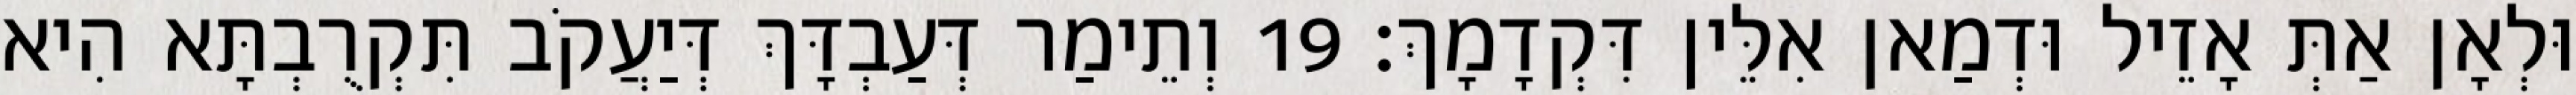
וּלְאָן אַתְּ אָזֵיל וּדְמַאן אִלֵּין דִּקְדָמָךְ׃ 19 וְתֵימַר דְּעַבְדָּךְ דְּיַעֲקֹב תִּקְרֻבְתָּא הִיא